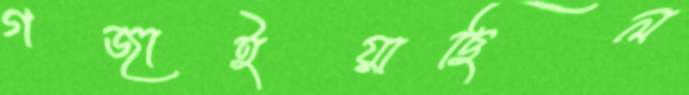
গজাইয়াছিল